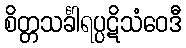
စိတ္တသင်္ခါရပ္ပဋိသံဝေဒီ